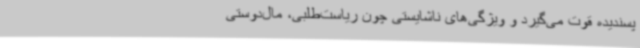
پسندیده قوت می‌گیرد و ویژگی‌های ناشایستی چون ریاست‌طلبی، مال‌دوستی